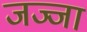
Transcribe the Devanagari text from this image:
जज्जा